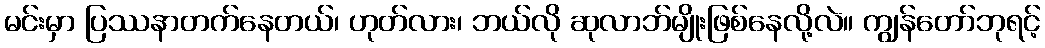
မင်းမှာ ပြဿနာတက်နေတယ်၊ ဟုတ်လား၊ ဘယ်လို ဆုလာဘ်မျိုးဖြစ်နေလို့လဲ။ ကျွန်တော်ဘုရင့်